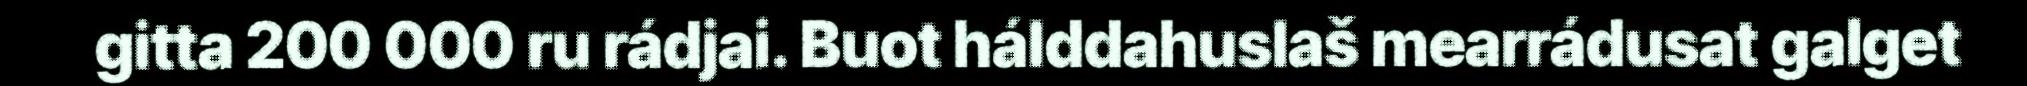
gitta 200 000 ru rádjai. Buot hálddahuslaš mearrádusat galget